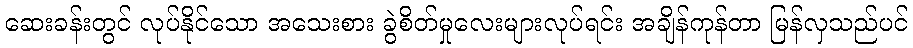
ဆေးခန်းတွင် လုပ်နိုင်သော အသေးစား ခွဲစိတ်မှုလေးများလုပ်ရင်း အချိန်ကုန်တာ မြန်လှသည်ပင်